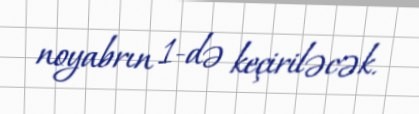
noyabrın 1-də keçiriləcək.